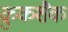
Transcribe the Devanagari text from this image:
क्रुकशैक